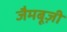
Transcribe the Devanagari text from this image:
जैमबूज़ी